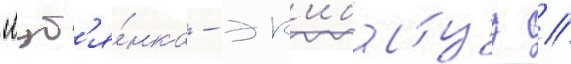
"луб'я́нка - эк'ибастуз //